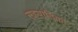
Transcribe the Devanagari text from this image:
सहपाठिका